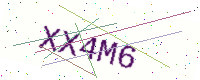
Text: XX4M6